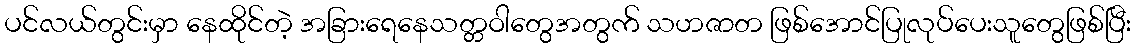
ပင်လယ်တွင်းမှာ နေထိုင်တဲ့ အခြားရေနေသတ္တဝါတွေအတွက် သဟဇာတ ဖြစ်အောင်ပြုလုပ်ပေးသူတွေဖြစ်ပြီး